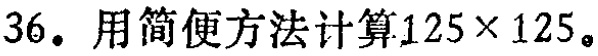
36. 用简便方法计算\(125\times125\)。